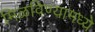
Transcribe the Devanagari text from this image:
मिळविण्यामध्ये